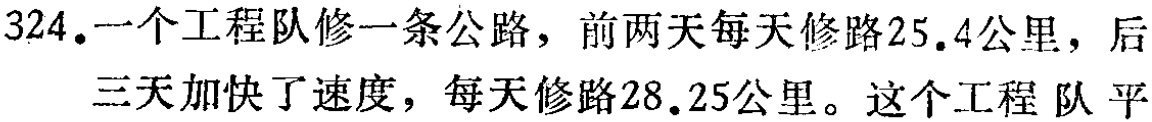
324.一个工程队修一条公路，前两天每天修路25.4公里，后三天加快了速度，每天修路28.25公里。这个工程队平